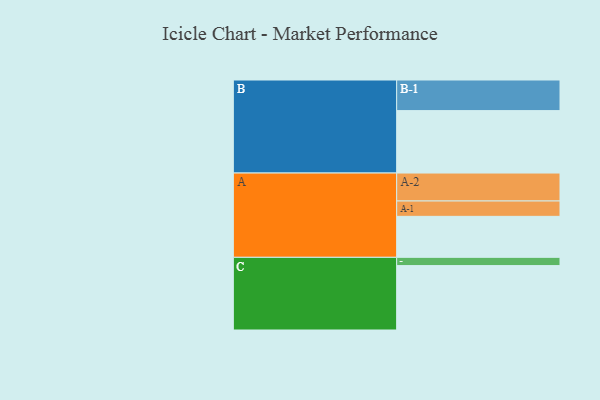
{"axis": {"x": "Segment", "y": "Value"}, "legend": ["", "A", "B", "C"], "data": [{"x": "A", "y": 352, "type": ""}, {"x": "B", "y": 536, "type": ""}, {"x": "C", "y": 553, "type": ""}, {"x": "A-1", "y": 132, "type": "A"}, {"x": "A-2", "y": 240, "type": "A"}, {"x": "B-1", "y": 263, "type": "B"}, {"x": "C-1", "y": 71, "type": "C"}]}